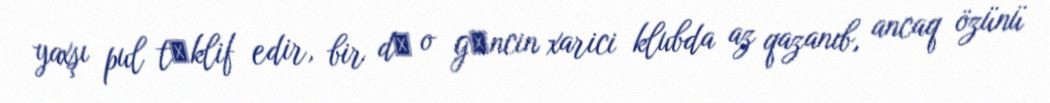
yaxşı pul tәklif edir, bir dә o gәncin xarici klubda az qazanıb, ancaq özünü